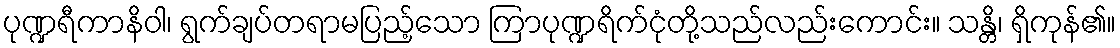
ပုဏ္ဍရီကာနိဝါ၊ ရွက်ချပ်တရာမပြည့်သော ကြာပုဏ္ဍရိက်ငုံတို့သည်လည်းကောင်း။ သန္တိ၊ ရှိကုန်၏။